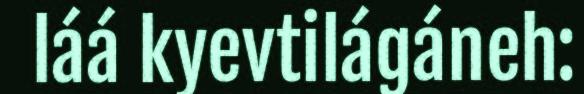
láá kyevtilágáneh: